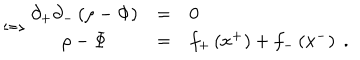
\Leftrightarrow \begin{array} { c c l } { { \partial _ { + } \partial _ { - } \left( \rho - \Phi \right) } } & { { = } } & { { 0 } } \\ { { \rho - \Phi } } & { { = } } & { { f _ { + } \left( x ^ { + } \right) + f _ { - } \left( x ^ { - } \right) \; . } } \\ \end{array}